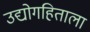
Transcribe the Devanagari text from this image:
उद्योगहिताला